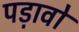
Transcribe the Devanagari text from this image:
पड़ावो